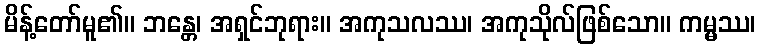
မိန့်တော်မူ၏။ ဘန္တေ၊ အရှင်ဘုရား။ အကုသလဿ၊ အကုသိုလ်ဖြစ်သော။ ကမ္မဿ၊